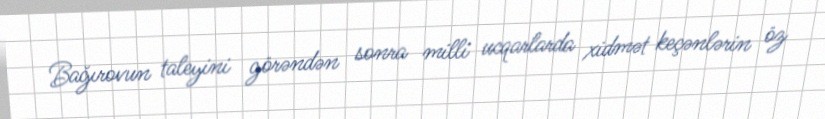
Bağırovun taleyini görəndən sonra milli ucqarlarda xidmət keçənlərin öz